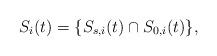
LaTeX: \begin{align*} S_i(t) = \{S_{s,i}(t) \cap S_{0,i}(t)\}, \end{align*}